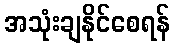
အသုံးချနိုင်စေရန်